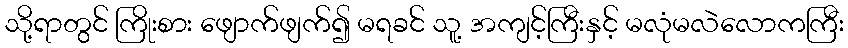
သို့ရာတွင် ကြိုးစား ဖျောက်ဖျက်၍ မရခင် သူ့ အကျင့်ကြီးနှင့် မလုံမလဲလောကကြီး